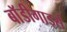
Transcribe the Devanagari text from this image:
बाॅडीगार्ड्स